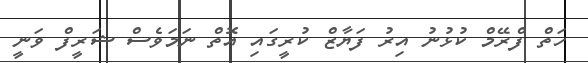
ހަތް ފްރޭމް ކުޅުނު އިރު ފަޔާޒް ކުރީގައި އޮތް ނަމަވެސް ޝަރީފް ވަނީ